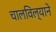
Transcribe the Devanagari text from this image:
चालविल्याने